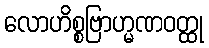
လောဟိစ္စဗြာဟ္မဏဝတ္ထု